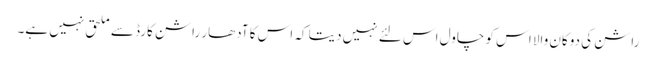
راشن کی دوکان والا اس کو چاول اس لئے نہیں دیتا کہ اس کا آدھار راشن کارڈ سے ملحق نہیں ہے۔